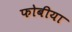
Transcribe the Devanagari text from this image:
फोबीया